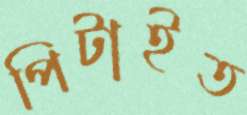
পিটাইত